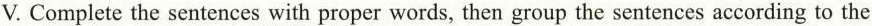
V. Complete the sentences with proper words, then group the sentences according to the